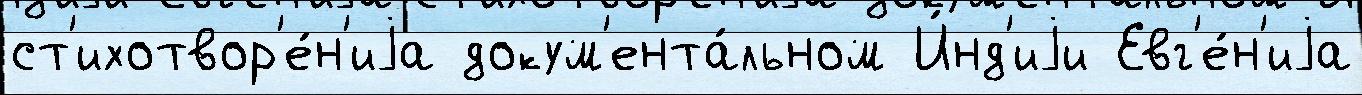
ст'ихотвор'е́н'иjа докум'ента́льном И́нд'иjи Евг'е́н'иjа